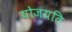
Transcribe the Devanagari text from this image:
योजयति